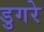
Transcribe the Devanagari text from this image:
डुगरे